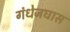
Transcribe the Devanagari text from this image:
गंधेजघास